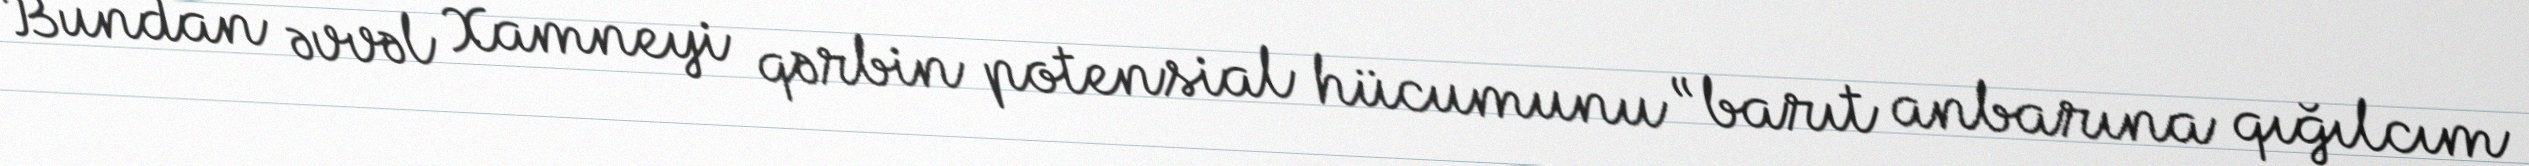
Bundan əvvəl Xamneyi qərbin potensial hücumunu “barıt anbarına qığılcım